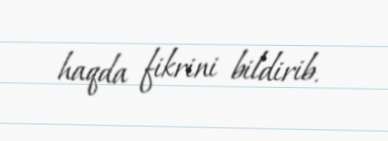
haqda fikrini bildirib.